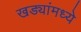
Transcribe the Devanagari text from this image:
खड्यांमध्ये